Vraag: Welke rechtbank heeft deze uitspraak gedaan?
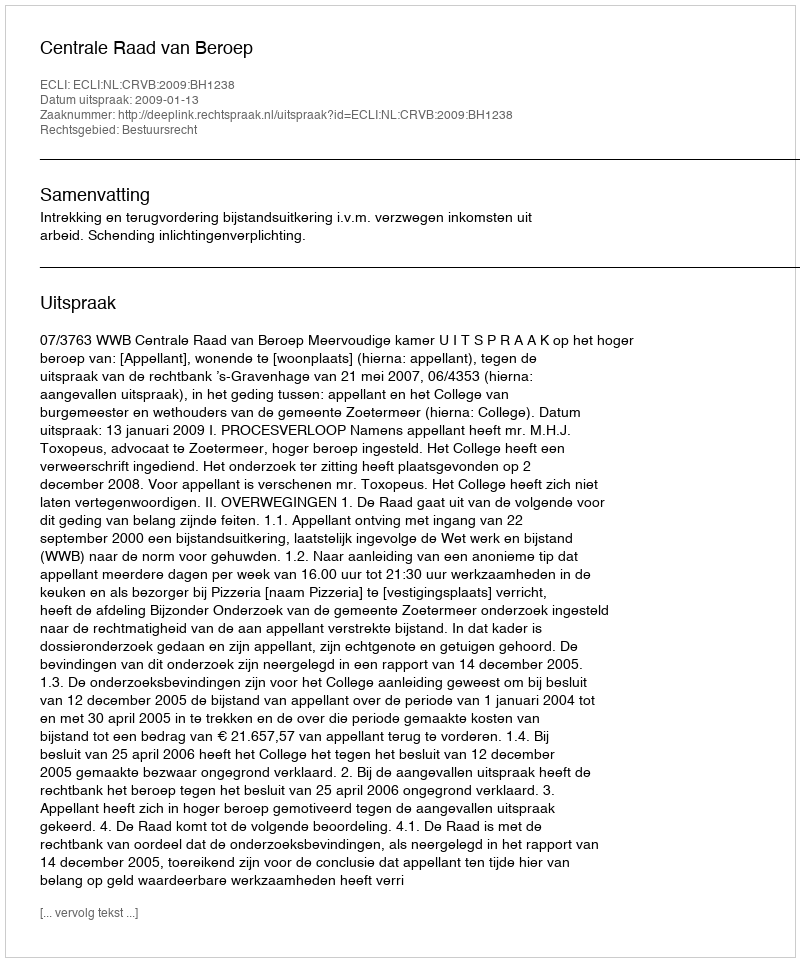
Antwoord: Centrale Raad van Beroep